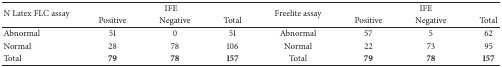
<table><thead><tr><td rowspan="2"><b>N Latex FLC assay</b></td><td colspan="3"><b>IFE </b></td><td rowspan="2"><b>Freelite assay</b></td><td colspan="3"><b>IFE</b></td></tr><tr><td><b>Positive</b></td><td><b>Negative</b></td><td><b>Total</b></td><td><b>Positive</b></td><td><b>Negative</b></td><td><b>Total</b></td></tr></thead><tbody><tr><td>Abnormal</td><td>51</td><td>0</td><td>51</td><td>Abnormal</td><td>57</td><td>5</td><td>62</td></tr><tr><td>Normal</td><td>28</td><td>78</td><td>106</td><td>Normal</td><td>22</td><td>73</td><td>95</td></tr><tr><td>Total</td><td><b>79</b></td><td><b>78</b></td><td><b>157</b></td><td>Total</td><td><b>79</b></td><td><b>78</b></td><td><b>157</b></td></tr></tbody></table>